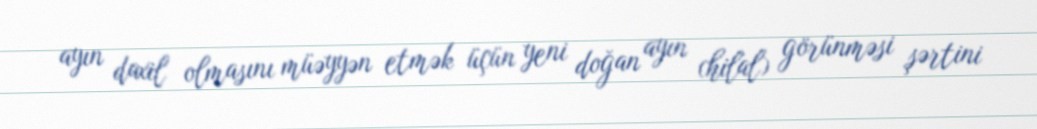
ayın daxil olmasını müəyyən etmək üçün yeni doğan ayın (hilal) görünməsi şərtini